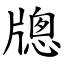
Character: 牕